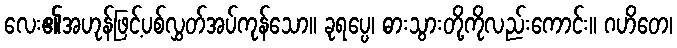
လေး၏အဟုန်ဖြင့်ပစ်လွှတ်အပ်ကုန်သော။ ခုရပ္ပေ၊ ဓားသွားတို့ကိုလည်းကောင်း။ ဂဟိတေ၊